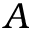
\boldsymbol { A }